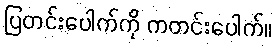
ပြတင်းပေါက်ကို ကတင်းပေါက်။